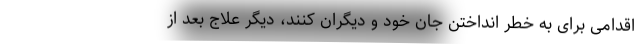
اقدامی برای به خطر انداختن جان خود و دیگران کنند، دیگر علاج بعد از